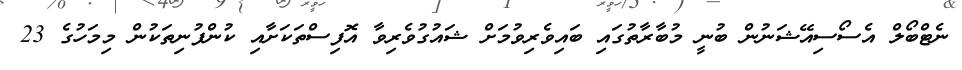
ނެޓްބޯލް އެސޯސިއޭޝަނުން ބުނީ މުބާރާތުގައި ބައިވެރިވުމަށް ޝައުގުވެރިވާ އޮފިސްތަކަށާއި ކުންފުނިތަކުން މިމަހުގެ 23